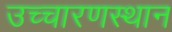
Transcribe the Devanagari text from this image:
उच्चारणस्थान